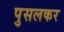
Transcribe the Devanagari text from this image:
पुसलकर